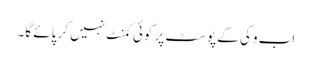
اب وکی کے پوسٹ پر کوئی کمنٹ نہیں کر پائے گا۔